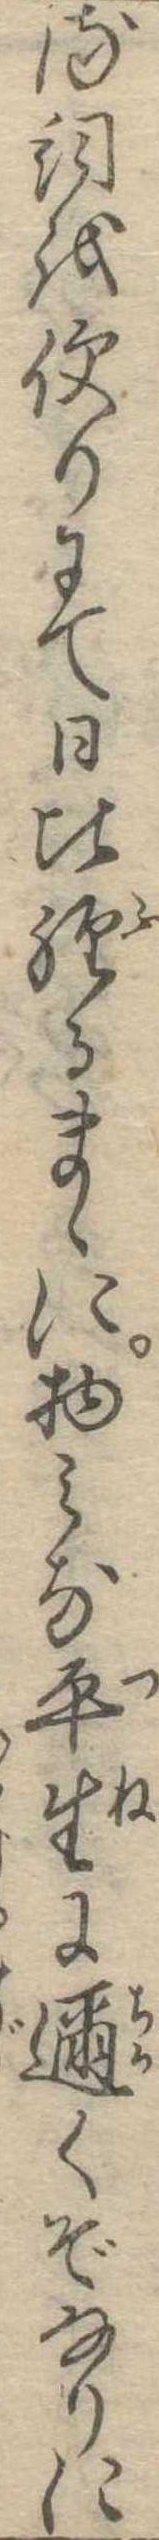
る詞を便りにて日比経るまゝに物みな平生に迩くぞなりに